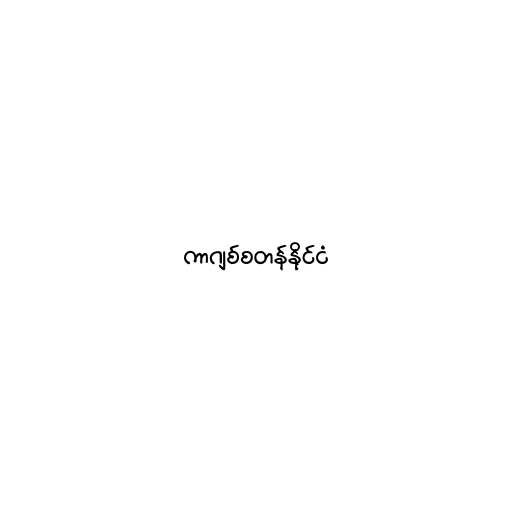
ကာဂျစ်စတန်နိုင်ငံ